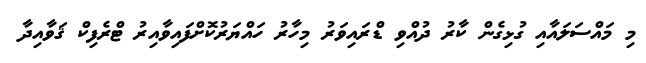
މި މައްސަލައާއި ގުޅިގެން ކާރު ދުއްވި ޑްރައިވަރު މިހާރު ހައްޔަރުކޮށްފައިވާއިރު ޓްރެފިކް ޤަވާއިދާ